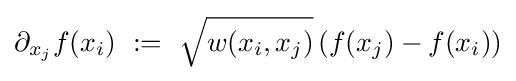
\partial _{x_{j}}f(x_{i})\ :=\ {\sqrt {w(x_{i},x_{j})}}\left(f(x_{j})-f(x_{i})\right)